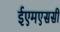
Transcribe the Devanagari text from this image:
ईएमएससी